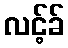
လင့်ခ်